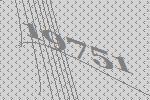
19751